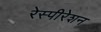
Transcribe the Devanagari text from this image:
रेस्पीरेशन